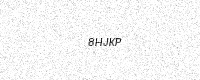
Text: 8HJKP